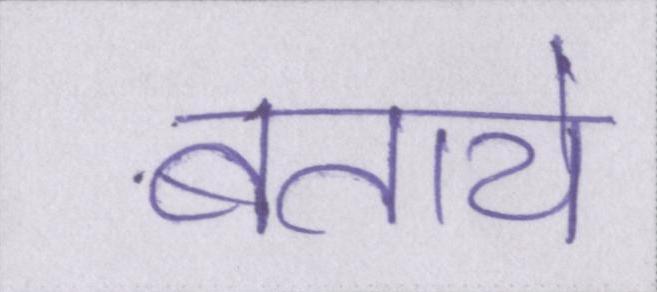
बताये